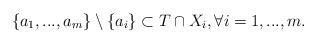
\begin{align*}\{a_{1},...,a_{m}\}\setminus \{a_i\} \subset T\cap X_{i}, \forall i=1,...,m.\end{align*}